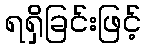
ရရှိခြင်းဖြင့်